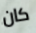
كان